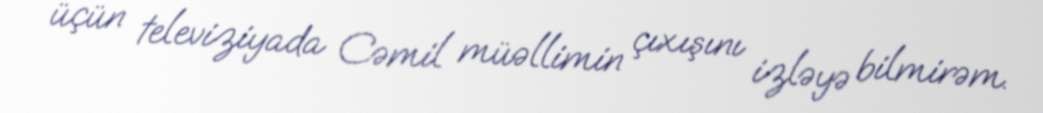
üçün televiziyada Cəmil müəllimin çıxışını izləyə bilmirəm.